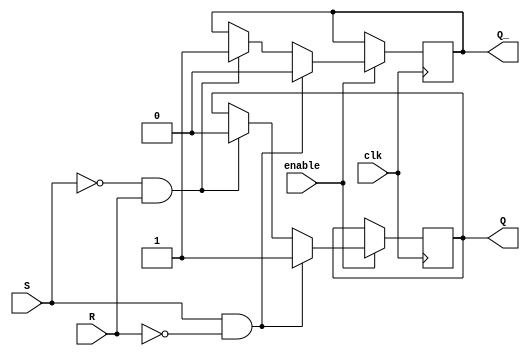
module Gated_SR_FF (
    input S,
    input R,
    input enable,
    input clk,
    output reg Q,
    output reg Q_
);

always @(posedge clk) begin
    if (enable) begin
        if (S & !R) begin
            Q <= 1;
            Q_ <= 0;
        end else if (!S & R) begin
            Q <= 0;
            Q_ <= 1;
        end else begin
            Q <= Q;
            Q_ <= Q_;
        end
    end
end

endmodule